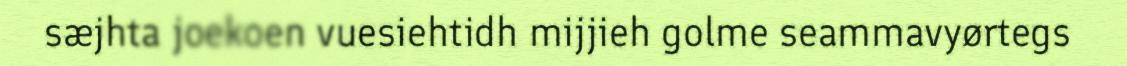
sæjhta joekoen vuesiehtidh mijjieh golme seammavyørtegs